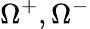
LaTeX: \Omega^{+},\Omega^{-}